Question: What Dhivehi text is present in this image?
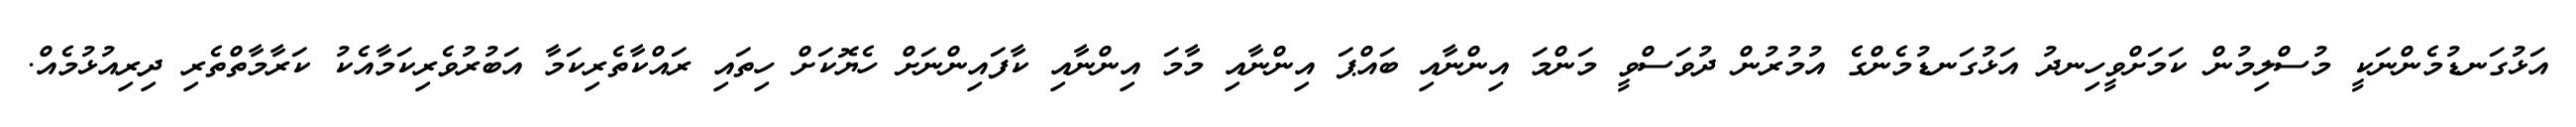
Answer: އަޅުގަނޑުމެންނަކީ މުސްލިމުން ކަމަށްވީހިނދު އަޅުގަނޑުމެންގެ އުމުރުން ދުވަސްވީ މަންމަ އިންނާއި ބައްޕަ އިންނާއި މާމަ އިންނާއި ކާފައިންނަށް ހެޔޮކަށް ހިތައި ރައްކާތެރިކަމާ އަބުރުވެރިކަމާއެކު ކަރާމާތްތެރި ދިރިއުޅުމެއް.